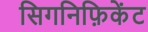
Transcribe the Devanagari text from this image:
सिगनिफ़िकेंट